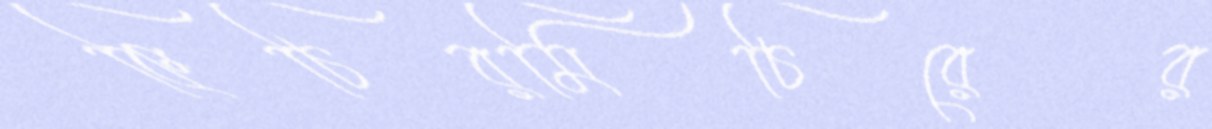
কিচিরমিচিরের